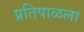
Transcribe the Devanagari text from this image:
प्रतिपाळला